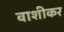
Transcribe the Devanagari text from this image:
वाशीकर